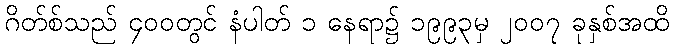
ဂိတ်စ်သည် ၄၀၀တွင် နံပါတ် ၁ နေရာ၌ ၁၉၉၃မှ ၂၀၀၇ ခုနှစ်အထိ